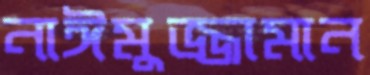
নাঈমুজ্জামান